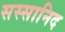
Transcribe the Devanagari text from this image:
सस्सानिद